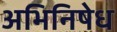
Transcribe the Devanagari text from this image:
अभिनिषेध